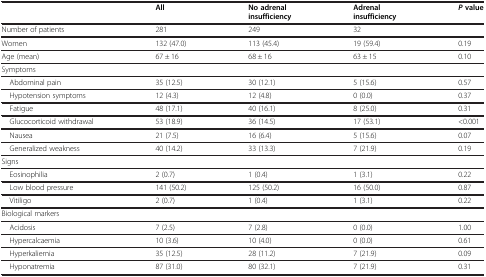
|  | All | No adrenal insufficiency | Adrenal insufficiency | Pvalue |
 | --- | --- | --- | --- | --- |
 | Number of patients | 281 | 249 | 32 |  |
 | Women | 132 (47.0) | 113 (45.4) | 19 (59.4) | 0.19 |
 | Age (mean) | 67 ± 16 | 68 ± 16 | 63 ± 15 | 0.10 |
 | Symptoms |  |  |  |  |
 | Abdominal pain | 35 (12.5) | 30 (12.1) | 5 (15.6) | 0.57 |
 | Hypotension symptoms | 12 (4.3) | 12 (4.8) | 0 (0.0) | 0.37 |
 | Fatigue | 48 (17.1) | 40 (16.1) | 8 (25.0) | 0.31 |
 | Glucocorticoid withdrawal | 53 (18.9) | 36 (14.5) | 17 (53.1) | <0.001 |
 | Nausea | 21 (7.5) | 16 (6.4) | 5 (15.6) | 0.07 |
 | Generalized weakness | 40 (14.2) | 33 (13.3) | 7 (21.9) | 0.19 |
 | Signs |  |  |  |  |
 | Eosinophilia | 2 (0.7) | 1 (0.4) | 1 (3.1) | 0.22 |
 | Low blood pressure | 141 (50.2) | 125 (50.2) | 16 (50.0) | 0.87 |
 | Vitiligo | 2 (0.7) | 1 (0.4) | 1 (3.1) | 0.22 |
 | Biological markers |  |  |  |  |
 | Acidosis | 7 (2.5) | 7 (2.8) | 0 (0.0) | 1.00 |
 | Hypercalcaemia | 10 (3.6) | 10 (4.0) | 0 (0.0) | 0.61 |
 | Hyperkaliemia | 35 (12.5) | 28 (11.2) | 7 (21.9) | 0.09 |
 | Hyponatremia | 87 (31.0) | 80 (32.1) | 7 (21.9) | 0.31 |